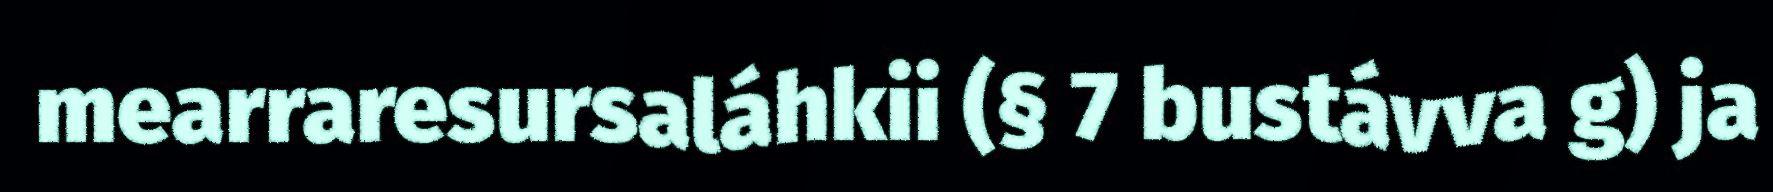
mearraresursaláhkii (§ 7 bustávva g) ja